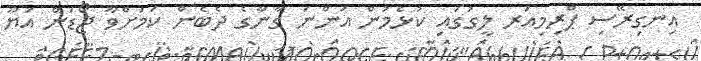
އިނގިރޭސި ޕްރިމިއަރ ލީގުގައި ކުޅެމުން އަންނަ ގާނާގެ ދެބެން ކަމަށްވާ ޖޯޑަން އަޔޫ